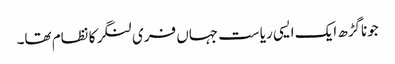
جوناگڑھ ایک ایسی ریاست جہاں فری لنگر کا نظام تھا۔